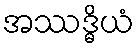
အဿဒ္ဓိယံ